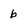
Character: b